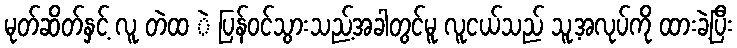
မုတ်ဆိတ်နှင့် လူ တဲထ ဲ ပြန်ဝင်သွားသည့်အခါတွင်မူ လူငယ်သည် သူ့အလုပ်ကို ထားခဲ့ပြီး